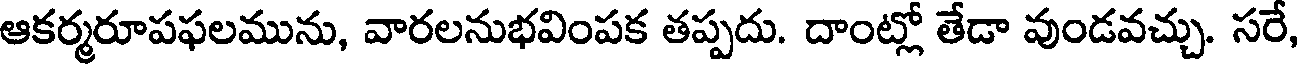
ఆకర్మరూపఫలమును, వారలనుభవింపక తప్పదు. దాంట్లో తేడా వుండవచ్చు. సరే